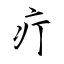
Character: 疔